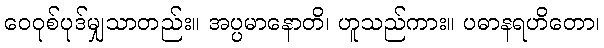
ဝေဝုစ်ပုဒ်မျှသာတည်း။ အပ္ပမာနောတိ၊ ဟူသည်ကား။ ပဓာနရဟိတော၊